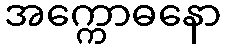
အက္ကောဓနော